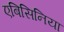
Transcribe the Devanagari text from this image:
एबिसिनिया